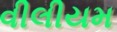
વીલીયમ